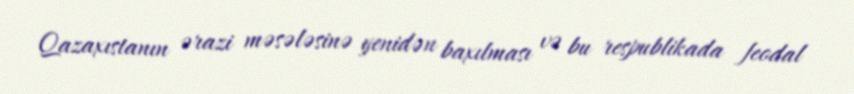
Qazaxıstanın ərazi məsələsinə yenidən baxılması və bu respublikada feodal